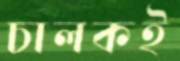
চালকই